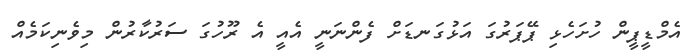
އެމްޑީޕީން ހުށަހެޅި ޕޭޕަރުގަ އަޅުގަނޑަށް ފެންނަނީ އެއީ އެ ރޫހުގަ ސަރުކާރުން މިވެނިކަމެއް